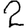
Digit: 2